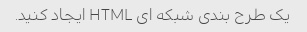
یک طرح بندی شبکه ای HTML ایجاد کنید.